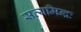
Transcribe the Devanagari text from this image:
सत्यमिन्द्रः